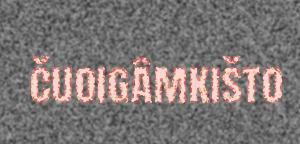
čuoigâmkišto